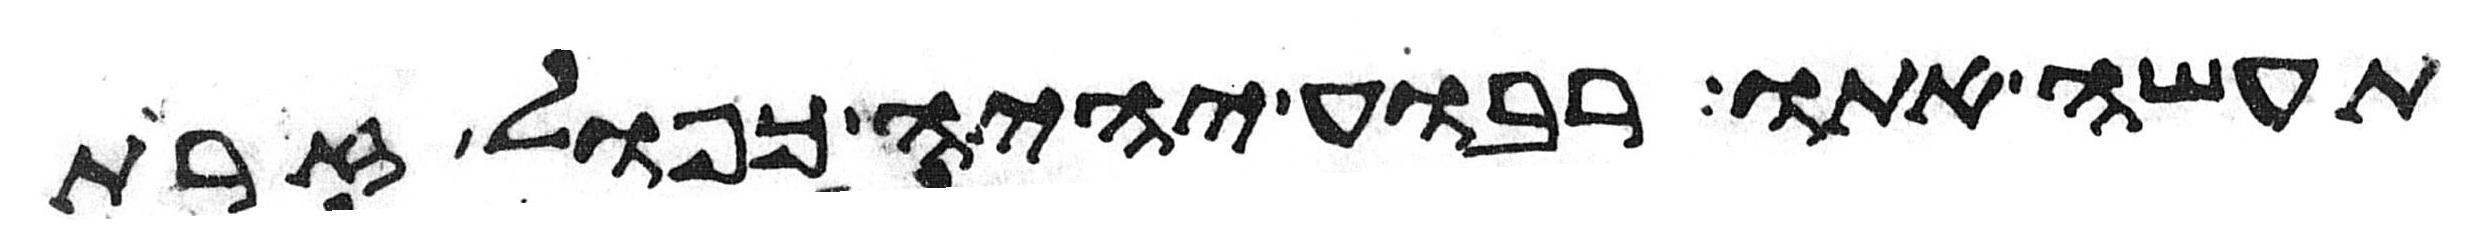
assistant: תעשה אתו רבוע יהיה כפול זרת